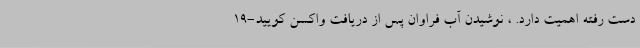
دست رفته اهمیت دارد. ، نوشیدن آب فراوان پس از دریافت واکسن کویید-19